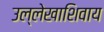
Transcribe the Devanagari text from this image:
उल्लेखाशिवाय